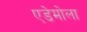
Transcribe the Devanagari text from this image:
एडेमोला